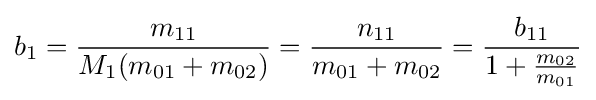
b_{1}={\frac {m_{11}}{M_{1}(m_{01}+m_{02})}}={\frac {n_{11}}{m_{01}+m_{02}}}={\frac {b_{11}}{1+{\frac {m_{02}}{m_{01}}}}}